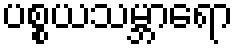
ပစ္စယသမ္ဘာရော